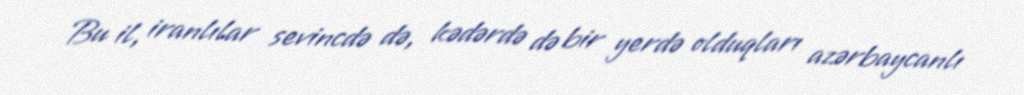
Bu il, iranlılar sevincdə də, kədərdə də bir yerdə olduqları azərbaycanlı